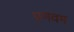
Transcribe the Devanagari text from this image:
प्रणवम